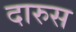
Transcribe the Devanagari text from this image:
दारुस